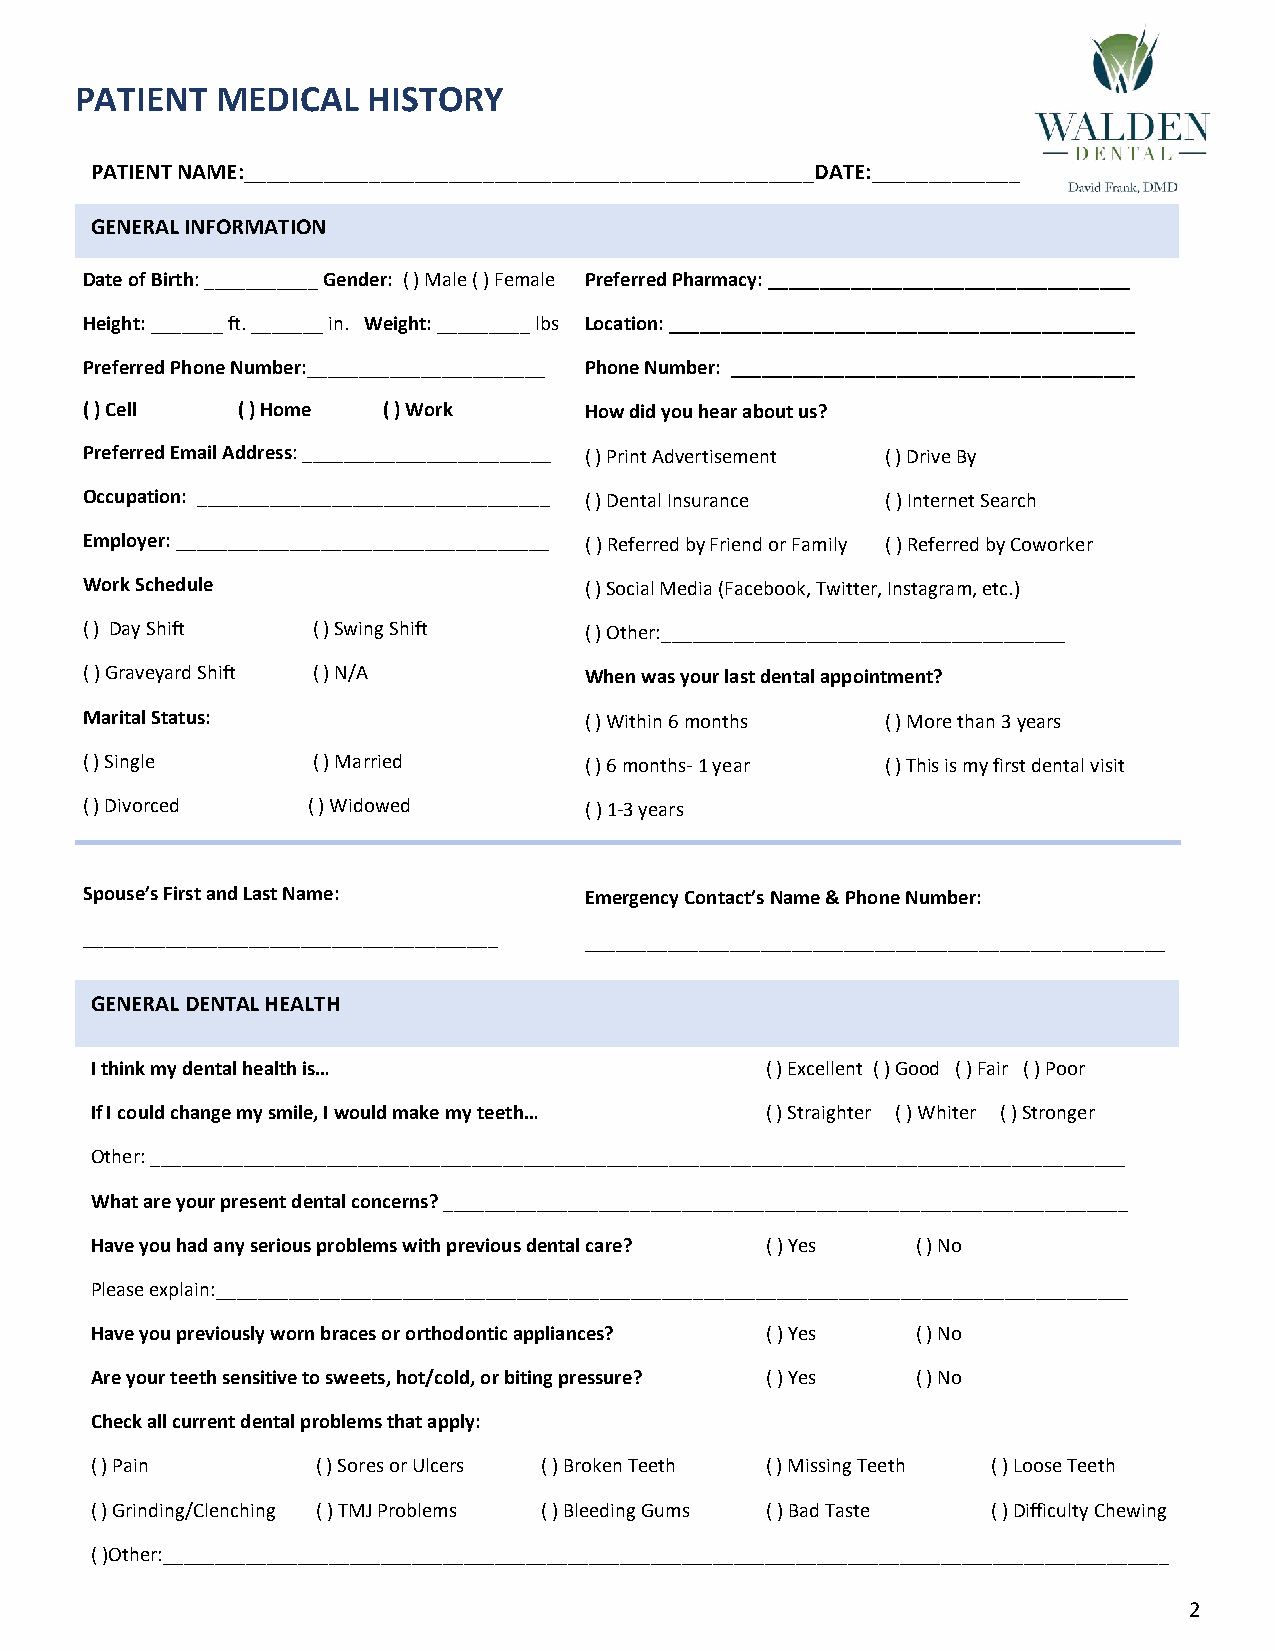
PATIENT  MEDICAL   HISTORY
 PATIENT NAME:__________________________________________________DATE:_____________
 GENERAL INFORMATION
 D ate of Birth: ___________ Gender: ( ) Male ( ) Female Preferred Pharmacy: ___________________________________
 Height: _______ ft. _______ in. Weight: _________ lbs Location: _____________________________________________
 Preferred Phone Number:_______________________ Phone Number: _______________________________________
 ( ) Cell   ( ) Home ( ) Work      How did you hear about us?
 Preferred Email Address: ________________________ ( ) Print Advertisement ( ) Drive By
 Occupation: __________________________________ ( ) Dental Insurance ( ) Internet Search
 Employer: ____________________________________ ( ) Referred by Friend or Family ( ) Referred by Coworker
 Work Schedule                     ( ) Social Media (Facebook, Twitter, Instagram, etc.)
 ( ) Day Shift   ( ) Swing Shift   ( ) Other:_______________________________________
 ( ) Graveyard Shift ( ) N/A       When was your last dental appointment?
 Marital Status:                   ( ) Within 6 months ( ) More than 3 years
 ( ) Single      ( ) Married       ( ) 6 months- 1 year ( ) This is my first dental visit
 ( ) Divorced   ( ) Widowed        ( ) 1-3 years
 Spouse’s First and Last Name:     Emergency Contact’s Name & Phone Number:
 ________________________________________ ________________________________________________________
 GENERAL DENTAL HEALTH
 I think my dental health is…                 ( ) Excellent ( ) Good ( ) Fair ( ) Poor
 If I could change my smile, I would make my teeth… ( ) Straighter ( ) Whiter ( ) Stronger
 Other: ______________________________________________________________________________________________
 What are your present dental concerns? __________________________________________________________________
 Have you had any serious problems with previous dental care? ( ) Yes ( ) No
 Please explain:________________________________________________________________________________________
 Have you previously worn braces or orthodontic appliances? ( ) Yes ( ) No
 Are your teeth sensitive to sweets, hot/cold, or biting pressure? ( ) Yes ( ) No
 Check all current dental problems that apply:
 ( ) Pain       ( ) Sores or Ulcers ( ) Broken Teeth ( ) Missing Teeth ( ) Loose Teeth
 ( ) Grinding/Clenching ( ) TMJ Problems ( ) Bleeding Gums ( ) Bad Taste ( ) Difficulty Chewing
 ( )Other:_________________________________________________________________________________________________
 2